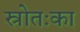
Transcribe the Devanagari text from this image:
स्रोतःका